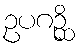
ဥပဂဉ္ဆိ